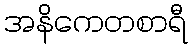
အနိကေတစာရီ